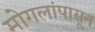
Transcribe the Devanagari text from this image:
मोगलांपासून